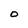
Character: O